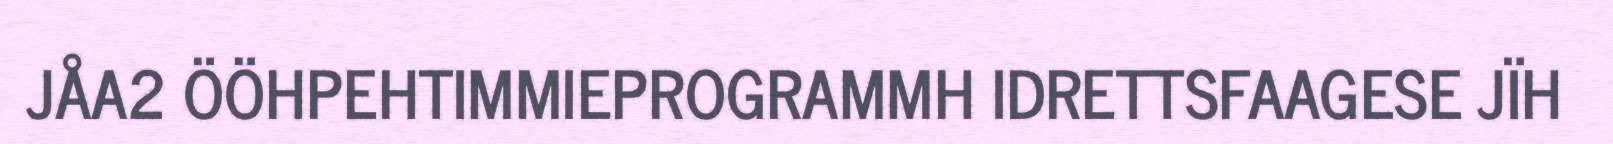
JÅA2 ÖÖHPEHTIMMIEPROGRAMMH IDRETTSFAAGESE JÏH